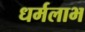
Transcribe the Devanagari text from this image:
धर्मलाभ